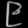
Digit: ၉